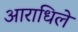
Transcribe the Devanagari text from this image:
आराधिले